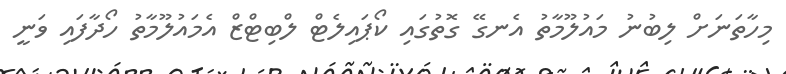
މިހާތަނަށް ލިބުނު މައުލޫމާތު އެނގޭ ގޮތުގައި ކޯޕައިލެޓް ލްބިޓްޒް އެމައުލޫމާތު ހޯދާފައި ވަނީ